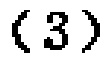
$(3)$